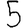
Digit: 5